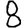
Digit: 8